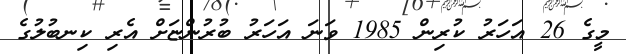
މީގެ 26 އަހަރު ކުރިން 1985 ވަނަ އަހަރު ބުރުންޏަށް އެރި ކިނބުލުގެ